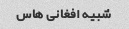
شبیه افغانی هاس